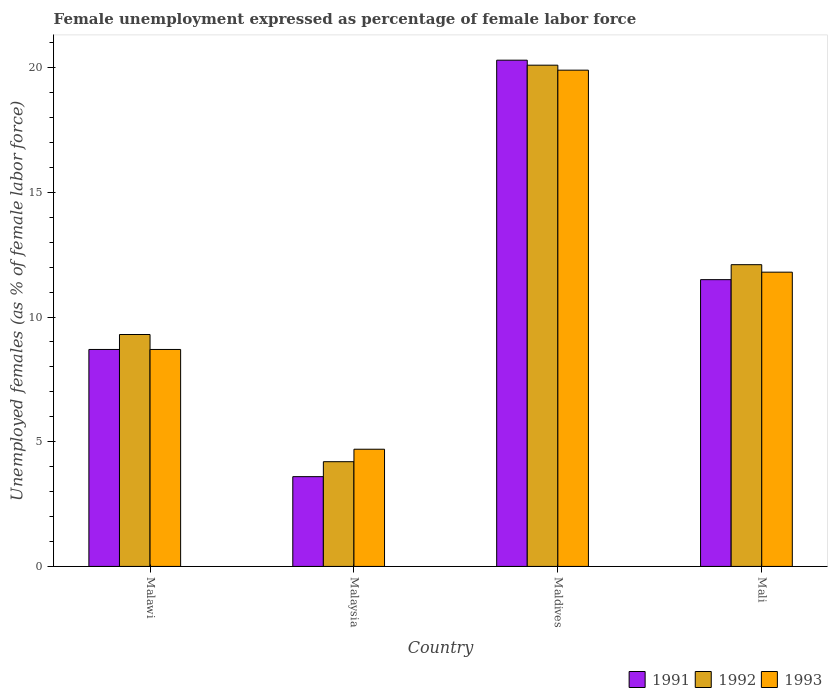
| Country | 1991 | 1992 | 1993 |
 | --- | --- | --- | --- |
 | Malawi | 8.7 | 9.3 | 8.7 |
 | Malaysia | 3.6 | 4.2 | 4.7 |
 | Maldives | 20.3 | 20.1 | 19.9 |
 | Mali | 11.5 | 12.1 | 11.8 |